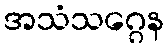
အသံသဂ္ဂေန